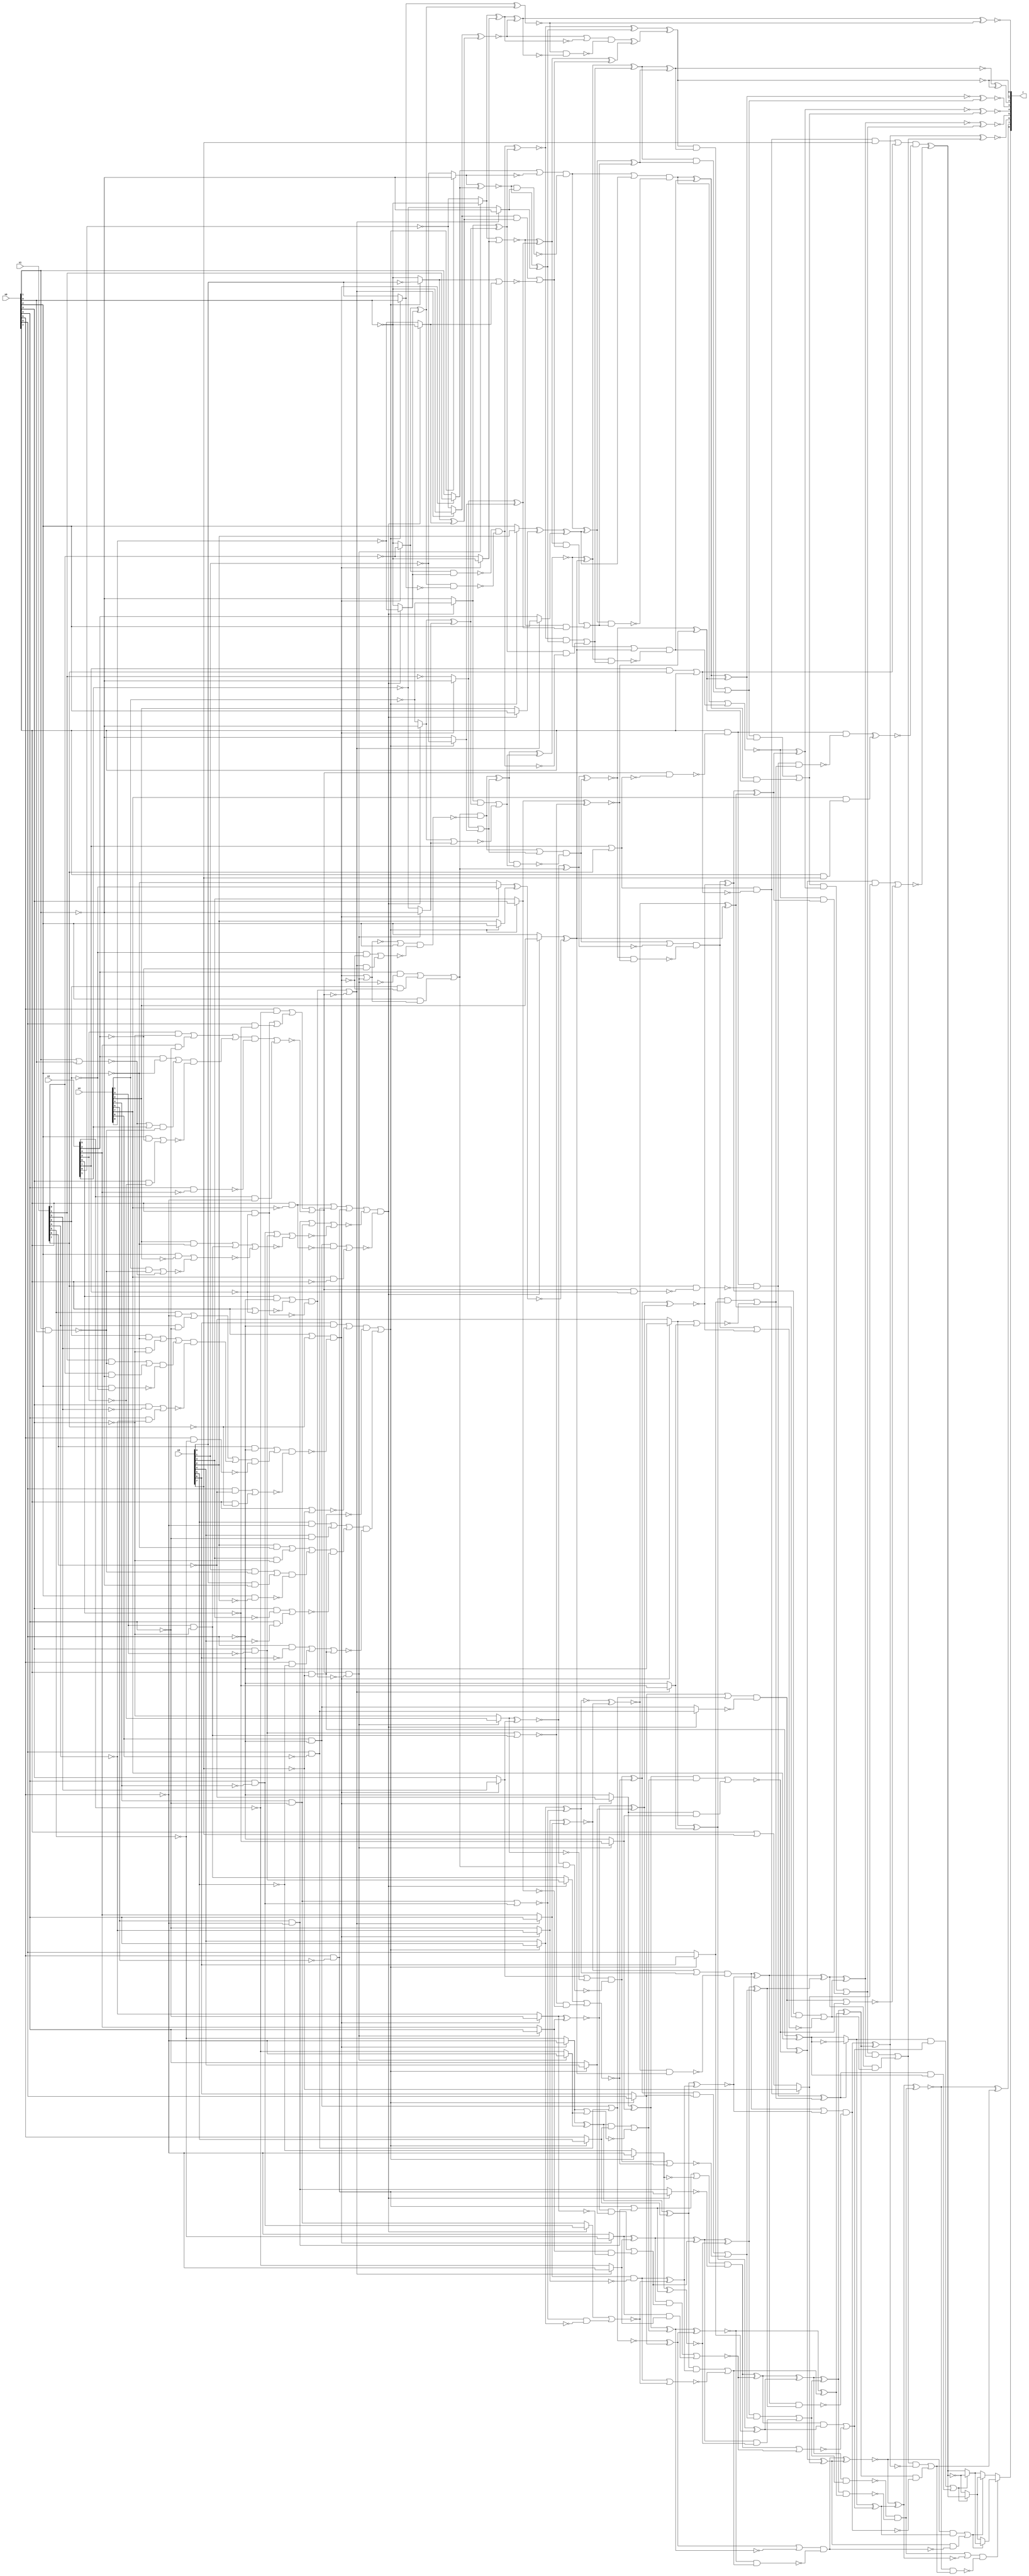
/* Generated by Yosys 0.9+4052 (git sha1 a5adb007, gcc 9.3.0-17ubuntu1~20.04 -fPIC -Os) */

module circ(x0, x1, x2, x3, x4, r);
  wire _000_;
  wire _001_;
  wire _002_;
  wire _003_;
  wire _004_;
  wire _005_;
  wire _006_;
  wire _007_;
  wire _008_;
  wire _009_;
  wire _010_;
  wire _011_;
  wire _012_;
  wire _013_;
  wire _014_;
  wire _015_;
  wire _016_;
  wire _017_;
  wire _018_;
  wire _019_;
  wire _020_;
  wire _021_;
  wire _022_;
  wire _023_;
  wire _024_;
  wire _025_;
  wire _026_;
  wire _027_;
  wire _028_;
  wire _029_;
  wire _030_;
  wire _031_;
  wire _032_;
  wire _033_;
  wire _034_;
  wire _035_;
  wire _036_;
  wire _037_;
  wire _038_;
  wire _039_;
  wire _040_;
  wire _041_;
  wire _042_;
  wire _043_;
  wire _044_;
  wire _045_;
  wire _046_;
  wire _047_;
  wire _048_;
  wire _049_;
  wire _050_;
  wire _051_;
  wire _052_;
  wire _053_;
  wire _054_;
  wire _055_;
  wire _056_;
  wire _057_;
  wire _058_;
  wire _059_;
  wire _060_;
  wire _061_;
  wire _062_;
  wire _063_;
  wire _064_;
  wire _065_;
  wire _066_;
  wire _067_;
  wire _068_;
  wire _069_;
  wire _070_;
  wire _071_;
  wire _072_;
  wire _073_;
  wire _074_;
  wire _075_;
  wire _076_;
  wire _077_;
  wire _078_;
  wire _079_;
  wire _080_;
  wire _081_;
  wire _082_;
  wire _083_;
  wire _084_;
  wire _085_;
  wire _086_;
  wire _087_;
  wire _088_;
  wire _089_;
  wire _090_;
  wire _091_;
  wire _092_;
  wire _093_;
  wire _094_;
  wire _095_;
  wire _096_;
  wire _097_;
  wire _098_;
  wire _099_;
  wire _100_;
  wire _101_;
  wire _102_;
  wire _103_;
  wire _104_;
  wire _105_;
  wire _106_;
  wire _107_;
  wire _108_;
  wire _109_;
  wire _110_;
  wire _111_;
  wire _112_;
  wire _113_;
  wire _114_;
  wire _115_;
  wire _116_;
  wire _117_;
  wire _118_;
  wire _119_;
  wire _120_;
  wire _121_;
  wire _122_;
  wire _123_;
  wire _124_;
  wire _125_;
  wire _126_;
  wire _127_;
  wire _128_;
  wire _129_;
  wire _130_;
  wire _131_;
  wire _132_;
  wire _133_;
  wire _134_;
  wire _135_;
  wire _136_;
  wire _137_;
  wire _138_;
  wire _139_;
  wire _140_;
  wire _141_;
  wire _142_;
  wire _143_;
  wire _144_;
  wire _145_;
  wire _146_;
  wire _147_;
  wire _148_;
  wire _149_;
  wire _150_;
  wire _151_;
  wire _152_;
  wire _153_;
  wire _154_;
  wire _155_;
  wire _156_;
  wire _157_;
  wire _158_;
  wire _159_;
  wire _160_;
  wire _161_;
  wire _162_;
  wire _163_;
  wire _164_;
  wire _165_;
  wire _166_;
  wire _167_;
  wire _168_;
  wire _169_;
  wire _170_;
  wire _171_;
  wire _172_;
  wire _173_;
  wire _174_;
  wire _175_;
  wire _176_;
  wire _177_;
  wire _178_;
  wire _179_;
  wire _180_;
  wire _181_;
  wire _182_;
  wire _183_;
  wire _184_;
  wire _185_;
  wire _186_;
  wire _187_;
  wire _188_;
  wire _189_;
  wire _190_;
  wire _191_;
  wire _192_;
  wire _193_;
  wire _194_;
  wire _195_;
  wire _196_;
  wire _197_;
  wire _198_;
  wire _199_;
  wire _200_;
  wire _201_;
  wire _202_;
  wire _203_;
  wire _204_;
  wire _205_;
  wire _206_;
  wire _207_;
  wire _208_;
  wire _209_;
  wire _210_;
  wire _211_;
  wire _212_;
  wire _213_;
  wire _214_;
  wire _215_;
  wire _216_;
  wire _217_;
  wire _218_;
  wire _219_;
  wire _220_;
  wire _221_;
  wire _222_;
  wire _223_;
  wire _224_;
  wire _225_;
  wire _226_;
  wire _227_;
  wire _228_;
  wire _229_;
  wire _230_;
  wire _231_;
  wire _232_;
  wire _233_;
  wire _234_;
  wire _235_;
  wire _236_;
  wire _237_;
  wire _238_;
  wire _239_;
  wire _240_;
  wire _241_;
  wire _242_;
  wire _243_;
  wire _244_;
  wire _245_;
  wire _246_;
  wire _247_;
  wire _248_;
  wire _249_;
  wire _250_;
  wire _251_;
  wire _252_;
  wire _253_;
  wire _254_;
  wire _255_;
  wire _256_;
  wire _257_;
  wire _258_;
  wire _259_;
  wire _260_;
  wire _261_;
  wire _262_;
  wire _263_;
  wire _264_;
  wire _265_;
  wire _266_;
  wire _267_;
  wire _268_;
  wire _269_;
  wire _270_;
  wire _271_;
  wire _272_;
  wire _273_;
  wire _274_;
  wire _275_;
  wire _276_;
  wire _277_;
  wire _278_;
  wire _279_;
  wire _280_;
  wire _281_;
  wire _282_;
  wire _283_;
  wire _284_;
  wire _285_;
  wire _286_;
  wire _287_;
  wire _288_;
  wire _289_;
  wire _290_;
  wire _291_;
  wire _292_;
  wire _293_;
  wire _294_;
  wire _295_;
  wire _296_;
  wire _297_;
  wire _298_;
  wire _299_;
  wire _300_;
  wire _301_;
  wire _302_;
  wire _303_;
  wire _304_;
  wire _305_;
  wire _306_;
  wire _307_;
  wire _308_;
  wire _309_;
  wire _310_;
  wire _311_;
  wire _312_;
  wire _313_;
  wire _314_;
  wire _315_;
  wire _316_;
  wire _317_;
  wire _318_;
  wire _319_;
  wire _320_;
  wire _321_;
  wire _322_;
  wire _323_;
  wire _324_;
  wire _325_;
  wire _326_;
  wire _327_;
  wire _328_;
  wire _329_;
  wire _330_;
  wire _331_;
  wire _332_;
  wire _333_;
  wire _334_;
  wire _335_;
  wire _336_;
  wire _337_;
  wire _338_;
  wire _339_;
  wire _340_;
  wire _341_;
  wire _342_;
  wire _343_;
  wire _344_;
  wire _345_;
  wire _346_;
  wire _347_;
  wire _348_;
  wire _349_;
  wire _350_;
  wire _351_;
  wire _352_;
  wire _353_;
  wire _354_;
  wire _355_;
  wire _356_;
  wire _357_;
  wire _358_;
  wire _359_;
  wire _360_;
  wire _361_;
  wire _362_;
  wire _363_;
  wire _364_;
  wire _365_;
  wire _366_;
  wire _367_;
  wire _368_;
  wire _369_;
  wire _370_;
  wire _371_;
  wire _372_;
  wire _373_;
  wire _374_;
  wire _375_;
  wire _376_;
  wire _377_;
  wire _378_;
  wire _379_;
  wire _380_;
  wire _381_;
  wire _382_;
  wire _383_;
  wire _384_;
  wire _385_;
  wire _386_;
  wire _387_;
  wire _388_;
  wire _389_;
  wire _390_;
  wire _391_;
  wire _392_;
  wire _393_;
  wire _394_;
  wire _395_;
  wire _396_;
  wire _397_;
  wire _398_;
  wire _399_;
  wire _400_;
  wire _401_;
  wire _402_;
  wire _403_;
  wire _404_;
  wire _405_;
  wire _406_;
  wire _407_;
  wire _408_;
  wire _409_;
  wire _410_;
  wire _411_;
  wire _412_;
  wire _413_;
  wire _414_;
  wire _415_;
  wire _416_;
  wire _417_;
  wire _418_;
  wire _419_;
  wire _420_;
  wire \U0.U13.new_n36 ;
  wire \U0.U13.new_n52 ;
  wire \U0.U13.new_n60 ;
  wire \U0.U13.pi01 ;
  wire \U0.U15.new_n29 ;
  wire \U0.U3.new_n35 ;
  wire \U0.U3.new_n44 ;
  wire \U0.U4.new_n42 ;
  wire \U0.po8 ;
  output [8:0] r;
  input [7:0] x0;
  input [7:0] x1;
  input [7:0] x2;
  input [7:0] x3;
  input [7:0] x4;
  assign _371_ = ~x0[0];
  assign _372_ = ~x4[0];
  assign _373_ = ~(x0[1] | x0[0]);
  assign _374_ = x0[1] & x0[0];
  assign _375_ = x4[1] & ~(_374_);
  assign _376_ = _375_ | _373_;
  assign _377_ = x0[2] & ~(x4[2]);
  assign _378_ = _377_ | ~(_376_);
  assign _379_ = x4[3] & ~(x0[3]);
  assign _380_ = x4[2] & ~(x0[2]);
  assign _381_ = _380_ | _379_;
  assign _382_ = _381_ | ~(_378_);
  assign _383_ = x0[3] & ~(x4[3]);
  assign _384_ = x0[4] & ~(x4[4]);
  assign _385_ = _384_ | _383_;
  assign _386_ = _385_ | ~(_382_);
  assign _387_ = x4[4] & ~(x0[4]);
  assign _388_ = x4[5] & ~(x0[5]);
  assign _389_ = _388_ | _387_;
  assign _390_ = _389_ | ~(_386_);
  assign _391_ = x0[5] & ~(x4[5]);
  assign _392_ = x0[6] & ~(x4[6]);
  assign _393_ = x0[7] & ~(x4[7]);
  assign _394_ = _393_ | _392_;
  assign _395_ = _394_ | _391_;
  assign _396_ = _395_ | ~(_390_);
  assign _397_ = x4[7] & ~(x0[7]);
  assign _398_ = x4[6] & ~(x0[6]);
  assign _399_ = _398_ & ~(_393_);
  assign _400_ = _399_ | _397_;
  assign _401_ = _396_ & ~(_400_);
  assign _402_ = _401_ ? _371_ : _372_;
  assign _403_ = ~x3[0];
  assign _404_ = x3[0] & ~(x0[1]);
  assign _405_ = x3[1] & ~(_374_);
  assign _406_ = _405_ | _404_;
  assign _407_ = x0[2] & ~(x3[2]);
  assign _408_ = _406_ & ~(_407_);
  assign _409_ = x3[3] & ~(x0[3]);
  assign _410_ = x3[2] & ~(x0[2]);
  assign _411_ = _410_ | _409_;
  assign _412_ = _411_ | _408_;
  assign _413_ = x0[4] & ~(x3[4]);
  assign _414_ = x0[3] & ~(x3[3]);
  assign _415_ = _414_ | _413_;
  assign _416_ = _412_ & ~(_415_);
  assign _417_ = x3[4] & ~(x0[4]);
  assign _418_ = x3[5] & ~(x0[5]);
  assign _419_ = _418_ | _417_;
  assign _420_ = _419_ | _416_;
  assign _000_ = x0[7] & ~(x3[7]);
  assign _001_ = x0[5] & ~(x3[5]);
  assign _002_ = x0[6] & ~(x3[6]);
  assign _003_ = _002_ | _001_;
  assign _004_ = _003_ | _000_;
  assign _005_ = _420_ & ~(_004_);
  assign _006_ = x0[7] | ~(x3[7]);
  assign _007_ = x3[6] & ~(x0[6]);
  assign _008_ = _007_ | ~(_006_);
  assign _009_ = _008_ & ~(_000_);
  assign _010_ = _009_ | _005_;
  assign _011_ = _010_ ? _403_ : _371_;
  assign _012_ = ~(_011_ | _402_);
  assign _013_ = _011_ ^ _402_;
  assign _014_ = ~x2[0];
  assign _015_ = x2[5] & ~(x0[5]);
  assign _016_ = _373_ | x2[1];
  assign _017_ = _016_ & ~(_374_);
  assign _018_ = x2[2] & ~(x0[2]);
  assign _019_ = _018_ | _017_;
  assign _020_ = x0[3] & ~(x2[3]);
  assign _021_ = x0[2] & ~(x2[2]);
  assign _022_ = _021_ | _020_;
  assign _023_ = _019_ & ~(_022_);
  assign _024_ = x2[4] & ~(x0[4]);
  assign _025_ = x2[3] & ~(x0[3]);
  assign _026_ = _025_ | _024_;
  assign _027_ = _026_ | _023_;
  assign _028_ = x0[4] & ~(x2[4]);
  assign _029_ = _027_ & ~(_028_);
  assign _030_ = _029_ | _015_;
  assign _031_ = x0[6] & ~(x2[6]);
  assign _032_ = x0[7] & ~(x2[7]);
  assign _033_ = _032_ | _031_;
  assign _034_ = x0[5] & ~(x2[5]);
  assign _035_ = _034_ | _033_;
  assign _036_ = _035_ | ~(_030_);
  assign _037_ = x0[7] | ~(x2[7]);
  assign _038_ = x2[6] & ~(x0[6]);
  assign _039_ = _038_ | ~(_037_);
  assign _040_ = _039_ & ~(_032_);
  assign _041_ = _040_ | ~(_036_);
  assign _042_ = _041_ ? _371_ : _014_;
  assign _043_ = _042_ & _013_;
  assign _044_ = _043_ | _012_;
  assign _045_ = ~x0[1];
  assign _046_ = ~x3[1];
  assign _047_ = _010_ ? _046_ : _045_;
  assign _048_ = ~x1[1];
  assign _049_ = x0[7] | ~(x1[7]);
  assign _050_ = x1[0] & ~(x0[1]);
  assign _051_ = x1[1] & ~(_374_);
  assign _052_ = _051_ | _050_;
  assign _053_ = x0[2] & ~(x1[2]);
  assign _054_ = _052_ & ~(_053_);
  assign _055_ = x1[3] & ~(x0[3]);
  assign _056_ = x1[2] & ~(x0[2]);
  assign _057_ = _056_ | _055_;
  assign _058_ = _057_ | _054_;
  assign _059_ = x0[4] & ~(x1[4]);
  assign _060_ = x0[3] & ~(x1[3]);
  assign _061_ = _060_ | _059_;
  assign _062_ = _058_ & ~(_061_);
  assign _063_ = x1[4] & ~(x0[4]);
  assign _064_ = x1[5] & ~(x0[5]);
  assign _065_ = _064_ | _063_;
  assign _066_ = _065_ | _062_;
  assign _067_ = x0[5] & ~(x1[5]);
  assign _068_ = _066_ & ~(_067_);
  assign _069_ = x1[6] & ~(x0[6]);
  assign _070_ = _069_ | _068_;
  assign _071_ = x0[7] & ~(x1[7]);
  assign _072_ = x0[6] & ~(x1[6]);
  assign _073_ = _072_ | _071_;
  assign _074_ = _070_ & ~(_073_);
  assign _075_ = _049_ & ~(_074_);
  assign _076_ = _075_ ? _045_ : _048_;
  assign _077_ = _076_ ^ _047_;
  assign _078_ = ~x1[0];
  assign _079_ = _075_ ? _371_ : _078_;
  assign _080_ = _036_ & ~(_040_);
  assign _081_ = _080_ ? _371_ : _014_;
  assign _082_ = ~(_081_ | _079_);
  assign _083_ = _082_ ^ _077_;
  assign _084_ = _083_ ^ _044_;
  assign _085_ = ~(_042_ ^ _013_);
  assign _086_ = _081_ ^ _079_;
  assign _087_ = _085_ | ~(_086_);
  assign _088_ = _401_ ? _372_ : _371_;
  assign _089_ = _075_ ? _078_ : _371_;
  assign _090_ = _089_ ^ _088_;
  assign _091_ = _010_ ? x0[0] : x3[0];
  assign _092_ = ~(_091_ ^ _090_);
  assign _093_ = _086_ ^ _085_;
  assign _094_ = _092_ & ~(_093_);
  assign _095_ = _087_ & ~(_094_);
  assign _096_ = _095_ ^ _084_;
  assign _097_ = ~x2[1];
  assign _098_ = _041_ ? _045_ : _097_;
  assign _099_ = _075_ ? x1[1] : x0[1];
  assign _100_ = _010_ ? _045_ : _046_;
  assign _101_ = ~(_100_ ^ _099_);
  assign _102_ = _101_ ^ _098_;
  assign _103_ = _080_ ? _045_ : _097_;
  assign _104_ = ~x4[1];
  assign _105_ = _401_ ? _045_ : _104_;
  assign _106_ = _105_ ^ _103_;
  assign _107_ = _401_ ? _104_ : _045_;
  assign _108_ = _107_ ^ _106_;
  assign _109_ = ~(_089_ & _088_);
  assign _110_ = _090_ & ~(_091_);
  assign _111_ = _109_ & ~(_110_);
  assign _112_ = ~(_111_ ^ _108_);
  assign _113_ = _112_ ^ _102_;
  assign _114_ = _113_ ^ _096_;
  assign \U0.U13.pi01  = ~_114_;
  assign _115_ = _391_ | _388_;
  assign _116_ = ~x3[5];
  assign _117_ = ~x0[5];
  assign _118_ = _010_ ? _117_ : _116_;
  assign _119_ = ~(_118_ ^ _115_);
  assign _120_ = _080_ ? x0[4] : x2[4];
  assign _121_ = ~x0[4];
  assign _122_ = ~x1[4];
  assign _123_ = _075_ ? _121_ : _122_;
  assign _124_ = _120_ & ~(_123_);
  assign _125_ = _010_ ? x3[4] : x0[4];
  assign _126_ = ~(_123_ ^ _120_);
  assign _127_ = _126_ & _125_;
  assign _128_ = _127_ | _124_;
  assign _129_ = ~x2[5];
  assign _130_ = _041_ ? _117_ : _129_;
  assign _131_ = ~x1[5];
  assign _132_ = _075_ ? _131_ : _117_;
  assign _133_ = _132_ ^ _130_;
  assign _134_ = _133_ ^ _128_;
  assign _135_ = _134_ & _119_;
  assign _136_ = ~(_383_ | _379_);
  assign _137_ = _010_ ? x0[3] : x3[3];
  assign _138_ = _136_ & ~(_137_);
  assign _139_ = _401_ ? _383_ : _379_;
  assign _140_ = ~(_139_ | _138_);
  assign _141_ = _075_ ? x1[3] : x0[3];
  assign _142_ = ~x2[3];
  assign _143_ = ~x0[3];
  assign _144_ = _080_ ? _142_ : _143_;
  assign _145_ = _141_ | ~(_144_);
  assign _146_ = ~(_075_ | _080_);
  assign _147_ = x0[2] & ~(_146_);
  assign _148_ = x1[2] & ~(_075_);
  assign _149_ = x2[2] & ~(_080_);
  assign _150_ = _149_ | _148_;
  assign _151_ = _150_ | _147_;
  assign _152_ = ~(_144_ ^ _141_);
  assign _153_ = _152_ & _151_;
  assign _154_ = _145_ & ~(_153_);
  assign _155_ = ~(_154_ | _140_);
  assign _156_ = _126_ ^ _125_;
  assign _157_ = _154_ ^ _140_;
  assign _158_ = _157_ & _156_;
  assign _159_ = _158_ | _155_;
  assign _160_ = _134_ ^ _119_;
  assign _161_ = _160_ & _159_;
  assign _162_ = _161_ | _135_;
  assign _163_ = _010_ ? x3[6] : x0[6];
  assign _164_ = ~x2[6];
  assign _165_ = ~x0[6];
  assign _166_ = _041_ ? _164_ : _165_;
  assign _167_ = ~x1[6];
  assign _168_ = _075_ ? _165_ : _167_;
  assign _169_ = _168_ ^ _166_;
  assign _170_ = _169_ ^ _163_;
  assign _171_ = _132_ & _130_;
  assign _172_ = _133_ & _128_;
  assign _173_ = ~(_172_ | _171_);
  assign _174_ = _115_ | ~(_118_);
  assign _175_ = _401_ ? _391_ : _388_;
  assign _176_ = _174_ & ~(_175_);
  assign _177_ = _176_ ^ _173_;
  assign _178_ = _177_ ^ _170_;
  assign _179_ = ~(_178_ & _162_);
  assign _180_ = ~(_387_ | _384_);
  assign _181_ = _010_ ? x0[4] : x3[4];
  assign _182_ = _180_ & ~(_181_);
  assign _183_ = _401_ ? _384_ : _387_;
  assign _184_ = ~(_183_ | _182_);
  assign _185_ = _041_ ? x0[4] : x2[4];
  assign _186_ = _075_ ? _122_ : _121_;
  assign _187_ = _185_ & ~(_186_);
  assign _188_ = ~(_187_ | _184_);
  assign _189_ = _187_ ^ _184_;
  assign _190_ = _010_ ? x3[5] : x0[5];
  assign _191_ = _080_ ? _117_ : _129_;
  assign _192_ = _075_ ? _117_ : _131_;
  assign _193_ = _192_ ^ _191_;
  assign _194_ = _193_ ^ _190_;
  assign _195_ = _194_ & _189_;
  assign _196_ = _195_ | _188_;
  assign _197_ = _010_ ? x0[6] : x3[6];
  assign _198_ = ~(_398_ | _392_);
  assign _199_ = _198_ ^ _197_;
  assign _200_ = ~(_192_ | _191_);
  assign _201_ = _193_ & _190_;
  assign _202_ = _201_ | _200_;
  assign _203_ = _080_ ? _164_ : _165_;
  assign _204_ = _075_ ? _167_ : _165_;
  assign _205_ = _204_ ^ _203_;
  assign _206_ = _205_ ^ _202_;
  assign _207_ = ~(_206_ ^ _199_);
  assign _208_ = _207_ ^ _196_;
  assign _209_ = _178_ ^ _162_;
  assign _210_ = _209_ & _208_;
  assign _211_ = _179_ & ~(_210_);
  assign _212_ = ~(_176_ | _173_);
  assign _213_ = _177_ & _170_;
  assign _214_ = _213_ | _212_;
  assign _215_ = ~(_168_ | _166_);
  assign _216_ = _169_ & _163_;
  assign _217_ = _216_ | _215_;
  assign _218_ = x2[7] | x1[7];
  assign _219_ = _036_ & ~(_218_);
  assign _220_ = x0[7] & ~(_219_);
  assign _221_ = _036_ & ~(x2[7]);
  assign _222_ = x1[7] & ~(_221_);
  assign _223_ = _220_ & ~(_222_);
  assign _224_ = _223_ ^ _217_;
  assign _225_ = ~(_000_ ^ x4[7]);
  assign _226_ = _000_ ^ x4[7];
  assign _227_ = _224_ ? _225_ : _226_;
  assign _228_ = _227_ ^ _214_;
  assign _229_ = ~x3[7];
  assign _230_ = x2[7] & x1[7];
  assign _231_ = _230_ | x0[7];
  assign _232_ = _218_ & ~(_231_);
  assign _233_ = x0[7] | x3[7];
  assign _234_ = _232_ ? _229_ : _233_;
  assign _235_ = _204_ & _203_;
  assign _236_ = _205_ & _202_;
  assign _237_ = ~(_236_ | _235_);
  assign _238_ = _197_ | ~(_198_);
  assign _239_ = _401_ ? _392_ : _398_;
  assign _240_ = _238_ & ~(_239_);
  assign _241_ = _240_ ^ _237_;
  assign _242_ = _241_ ^ _234_;
  assign _243_ = _199_ | ~(_206_);
  assign _244_ = _207_ & _196_;
  assign _245_ = _243_ & ~(_244_);
  assign _246_ = ~(_245_ ^ _242_);
  assign _247_ = _246_ ^ _228_;
  assign _248_ = _211_ | ~(_247_);
  assign _249_ = _209_ ^ _208_;
  assign _250_ = ~(_194_ ^ _189_);
  assign _251_ = ~(_186_ ^ _185_);
  assign _252_ = ~(_181_ ^ _180_);
  assign _253_ = _251_ | ~(_252_);
  assign _254_ = _010_ ? x0[2] : x3[2];
  assign _255_ = ~x0[2];
  assign _256_ = ~x1[2];
  assign _257_ = _075_ ? _256_ : _255_;
  assign _258_ = ~(_257_ ^ _254_);
  assign _259_ = _401_ ? x4[2] : x0[2];
  assign _260_ = _259_ ^ _258_;
  assign _261_ = ~(_252_ ^ _251_);
  assign _262_ = _261_ & _260_;
  assign _263_ = _253_ & ~(_262_);
  assign _264_ = _263_ | _250_;
  assign _265_ = _160_ ^ _159_;
  assign _266_ = _263_ ^ _250_;
  assign _267_ = _266_ & _265_;
  assign _268_ = _264_ & ~(_267_);
  assign _269_ = _249_ & ~(_268_);
  assign _270_ = ~(_157_ ^ _156_);
  assign _271_ = _076_ | _047_;
  assign _272_ = _146_ | x0[2];
  assign _273_ = _041_ & ~(x2[2]);
  assign _274_ = _256_ & ~(_075_);
  assign _275_ = _274_ | _273_;
  assign _276_ = _272_ & ~(_275_);
  assign _277_ = _151_ & ~(_276_);
  assign _278_ = _277_ | _271_;
  assign _279_ = ~(_105_ | _103_);
  assign _280_ = _107_ & _106_;
  assign _281_ = _280_ | _279_;
  assign _282_ = _277_ ^ _271_;
  assign _283_ = _282_ & _281_;
  assign _284_ = _278_ & ~(_283_);
  assign _285_ = _152_ ^ _151_;
  assign _286_ = _284_ | ~(_285_);
  assign _287_ = ~(_137_ ^ _136_);
  assign _288_ = ~(_285_ ^ _284_);
  assign _289_ = _288_ & _287_;
  assign _290_ = _286_ & ~(_289_);
  assign _291_ = ~(_290_ | _270_);
  assign _292_ = _261_ ^ _260_;
  assign _293_ = _290_ ^ _270_;
  assign _294_ = _293_ & _292_;
  assign _295_ = _294_ | _291_;
  assign _296_ = _266_ ^ _265_;
  assign _297_ = _296_ & _295_;
  assign _298_ = _293_ ^ _292_;
  assign _299_ = ~(_282_ ^ _281_);
  assign _300_ = _299_ | _260_;
  assign _301_ = _108_ & ~(_111_);
  assign _302_ = _112_ & _102_;
  assign _303_ = _302_ | _301_;
  assign _304_ = _299_ ^ _260_;
  assign _305_ = _304_ & _303_;
  assign _306_ = _300_ & ~(_305_);
  assign _307_ = _041_ ? x0[2] : x2[2];
  assign _308_ = _401_ ? x0[2] : x4[2];
  assign _309_ = _010_ ? x3[2] : x0[2];
  assign _310_ = _309_ ^ _308_;
  assign _311_ = _310_ ^ _307_;
  assign _312_ = _099_ | ~(_100_);
  assign _313_ = _101_ & _098_;
  assign _314_ = _312_ & ~(_313_);
  assign _315_ = _314_ | _311_;
  assign _316_ = _082_ & _077_;
  assign _317_ = _083_ & _044_;
  assign _318_ = _317_ | _316_;
  assign _319_ = _314_ ^ _311_;
  assign _320_ = _319_ & _318_;
  assign _321_ = _315_ & ~(_320_);
  assign _322_ = ~(_321_ | _306_);
  assign _323_ = _322_ & _298_;
  assign _324_ = _288_ ^ _287_;
  assign _325_ = _321_ ^ _306_;
  assign _326_ = _325_ & _324_;
  assign _327_ = _319_ ^ _318_;
  assign _328_ = _304_ ^ _303_;
  assign _329_ = _328_ & _327_;
  assign _330_ = ~(_328_ ^ _327_);
  assign _331_ = _114_ & ~(_330_);
  assign _332_ = _331_ | _329_;
  assign _333_ = ~(_325_ ^ _324_);
  assign _334_ = _332_ & ~(_333_);
  assign _335_ = _334_ | _326_;
  assign _336_ = ~(_322_ ^ _298_);
  assign _337_ = _335_ & ~(_336_);
  assign _338_ = _337_ | _323_;
  assign _339_ = ~(_296_ ^ _295_);
  assign _340_ = _338_ & ~(_339_);
  assign _341_ = _340_ | _297_;
  assign _342_ = _268_ ^ _249_;
  assign _343_ = _341_ & ~(_342_);
  assign _344_ = _343_ | _269_;
  assign _345_ = ~(_247_ ^ _211_);
  assign _346_ = _345_ & _344_;
  assign _347_ = _248_ & ~(_346_);
  assign _348_ = _242_ & ~(_245_);
  assign _349_ = _246_ & _228_;
  assign _350_ = ~(_349_ | _348_);
  assign _351_ = _224_ & ~(_225_);
  assign _352_ = _227_ & _214_;
  assign _353_ = ~(_352_ | _351_);
  assign _354_ = ~(_240_ | _237_);
  assign _355_ = _241_ & _234_;
  assign _356_ = ~(_355_ | _354_);
  assign _357_ = _232_ & ~(_229_);
  assign _358_ = _357_ | _231_;
  assign _359_ = ~(x0[7] & x3[7]);
  assign _360_ = x4[7] & ~(_359_);
  assign _361_ = _223_ & _217_;
  assign _362_ = _220_ & ~(_361_);
  assign _363_ = _362_ ^ _360_;
  assign _364_ = _358_ & ~(_363_);
  assign _365_ = _364_ ^ _356_;
  assign _366_ = ~(_364_ ^ _356_);
  assign _367_ = _353_ ? _365_ : _366_;
  assign _368_ = _353_ ? _366_ : _365_;
  assign _369_ = _350_ ? _368_ : _367_;
  assign _370_ = _350_ ? _367_ : _368_;
  assign \U0.po8  = _347_ ? _369_ : _370_;
  assign \U0.U15.new_n29  = ~(_093_ ^ _092_);
  assign \U0.U13.new_n36  = _330_ ^ \U0.U13.pi01 ;
  assign \U0.U13.new_n52  = ~(_333_ ^ _332_);
  assign \U0.U13.new_n60  = ~(_336_ ^ _335_);
  assign \U0.U4.new_n42  = _345_ ^ _344_;
  assign \U0.U3.new_n35  = ~(_339_ ^ _338_);
  assign \U0.U3.new_n44  = ~(_342_ ^ _341_);
  assign r = { \U0.po8 , \U0.U4.new_n42 , \U0.U3.new_n44 , \U0.U3.new_n35 , \U0.U13.new_n60 , \U0.U13.new_n52 , \U0.U13.new_n36 , \U0.U13.pi01 , \U0.U15.new_n29  };
endmodule